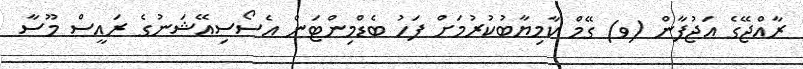
ރާއްޖޭގެ އަޖުފާން (ވ) ގޭމް ކާމިޔާބުކުރުމަށް ފަހު ބެޑްމިންޓަން އެސޯސިއޭޝަނުގެ ރައީސް މޫސާ